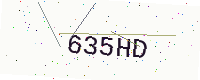
Text: 635HD